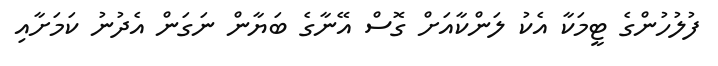
ފުލުހުންގެ ޓީމަކާ އެކު ލަންކާއަށް ގޮސް އޭނާގެ ބަޔާން ނަގަން އެދުނު ކަމަށާއި